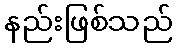
နည်းဖြစ်သည်